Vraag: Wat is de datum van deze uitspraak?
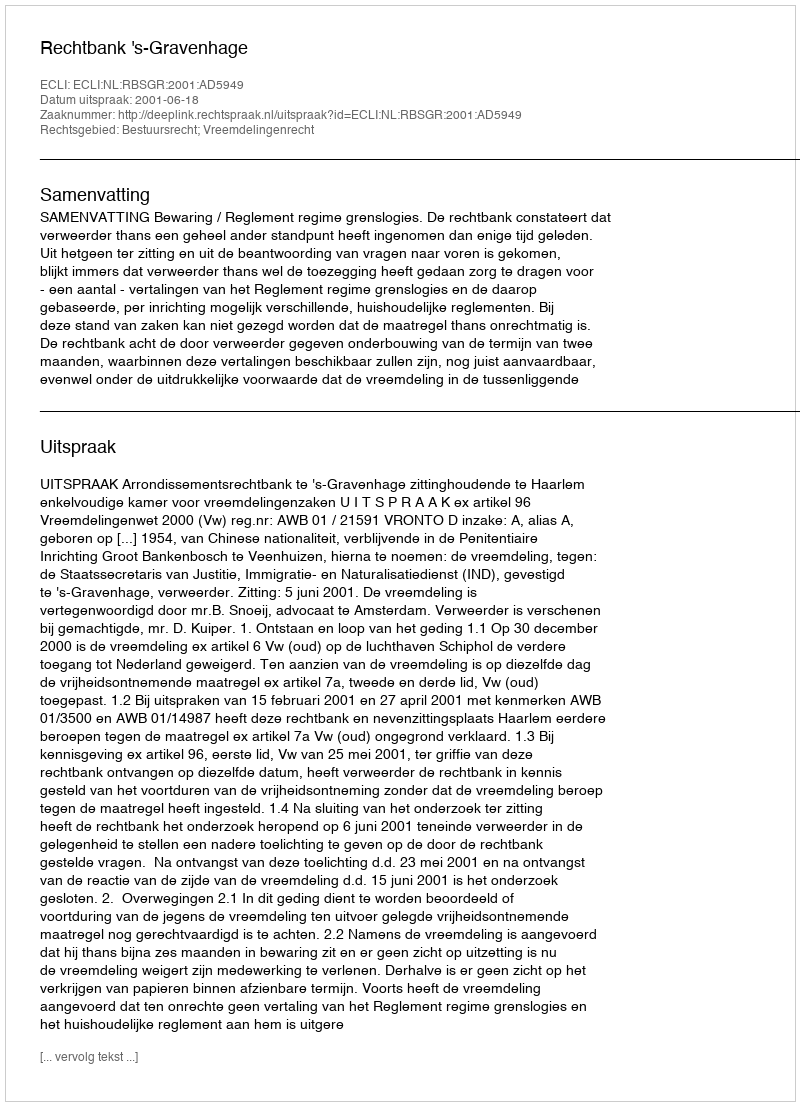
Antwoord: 2001-06-18